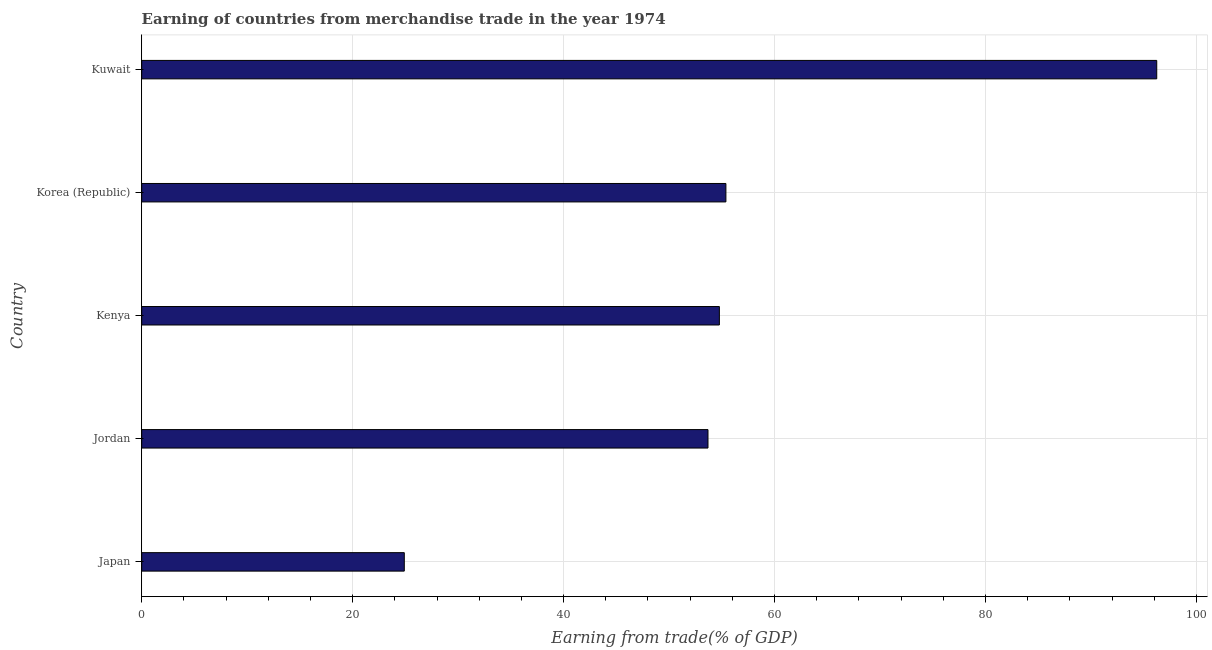
| Country | Merchandise trade |
 | --- | --- |
 | Japan | 24.9 |
 | Jordan | 53.7 |
 | Kenya | 54.8 |
 | Korea (Republic) | 55.4 |
 | Kuwait | 96.2 |